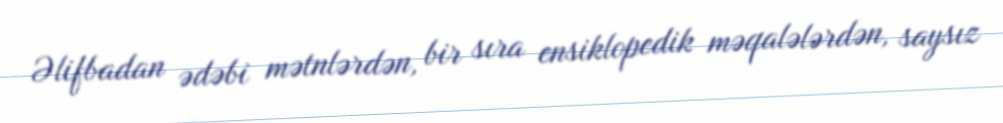
Əlifbadan ədəbi mətnlərdən, bir sıra ensiklopedik məqalələrdən, saysız